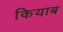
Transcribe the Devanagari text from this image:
कियाब